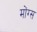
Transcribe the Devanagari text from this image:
मोंग्स